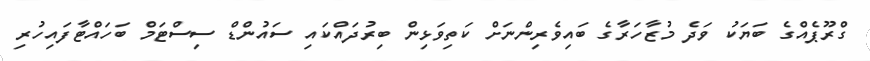
ގްރޫޕެއްގެ ބަޔަކު ވަދެ މުޒާހަރާގެ ބައިވެރިންނަށް ކަތިވަޅިން ބިރުދައްކައި ސައުންޑް ސިސްޓަމް ބަހައްޓާފައިހުރި